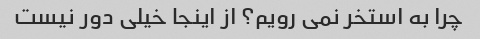
چرا به استخر نمی رویم؟ از اینجا خیلی دور نیست